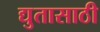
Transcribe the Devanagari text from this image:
द्युतासाठी